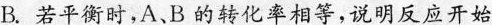
若平衡时，A、B的转化率相等，说明反应开始